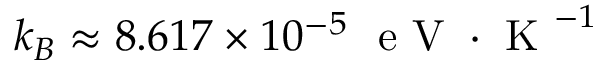
k _ { B } \approx 8 . 6 1 7 \times 1 0 ^ { - 5 } ~ \mathrm { ~ e ~ V ~ } \cdot \mathrm { ~ K ~ } ^ { - 1 }